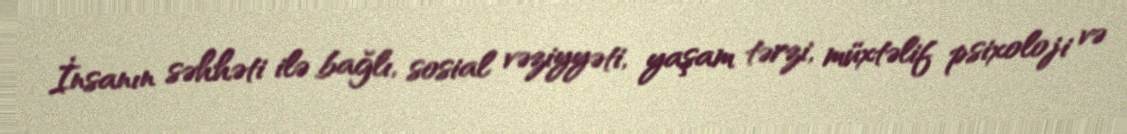
İnsanın səhhəti ilə bağlı, sosial vəziyyəti, yaşam tərzi, müxtəlif psixoloji və